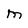
Character: M